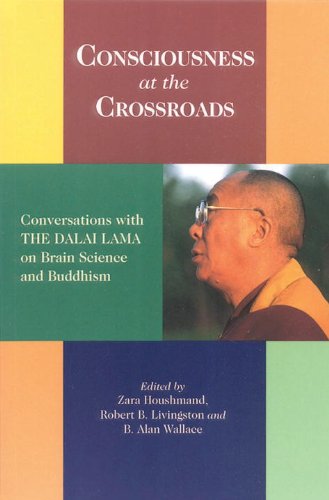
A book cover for Consciousness At The Crossroads: Conversations With The Dalai Lama On Brain Science And Buddhism; Religion & Spirituality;